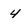
Character: 4